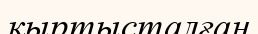
қыртысталған